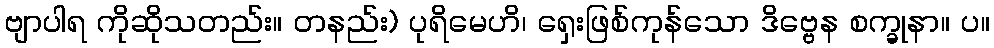
ဗျာပါရ ကိုဆိုသတည်း။ တနည်း) ပုရိမေဟိ၊ ရှေးဖြစ်ကုန်သော ဒိဗ္ဗေန စက္ခုနာ။ ပ။